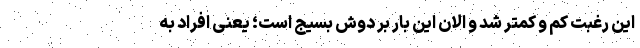
این رغبت کم و کمتر شد و الان این بار بر دوش بسیج است؛ یعنی افراد به